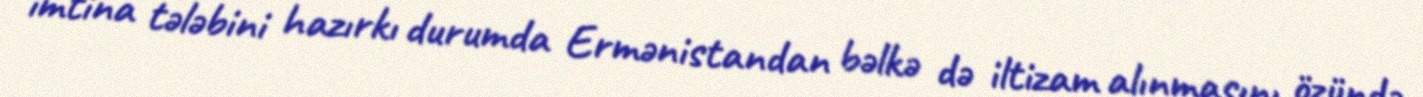
imtina tələbini hazırkı durumda Ermənistandan bəlkə də iltizam alınmasını özündə